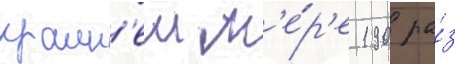
краин'еи м'е́р'е 190 ра́з